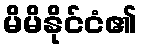
မိမိနိုင်ငံ၏